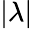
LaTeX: |\lambda|